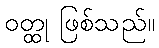
ဝတ္ထု ဖြစ်သည်။